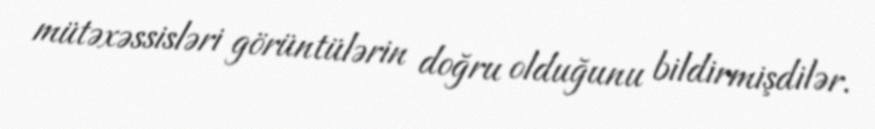
mütəxəssisləri görüntülərin doğru olduğunu bildirmişdilər.